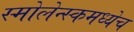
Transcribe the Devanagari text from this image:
स्मोलेन्स्कमध्येच